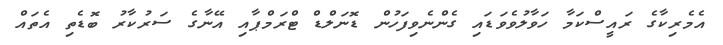
އެމެރިކާގެ ރައީސްކަމާ ހަވާލުވެވަޑައި ގެންނެވިފަހުން ޑޮނަލްޑް ޓްރަމްޕާއި އޭނާގެ ސަރުކާރު ބޮޑެތި އެތައް